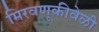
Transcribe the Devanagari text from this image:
मिरवणूकीवेळी